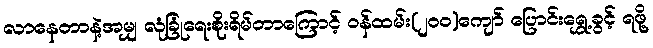
လာနေတာနဲ့အမျှ လုံခြုံရေးစိုးရိမ်တာကြောင့် ဝန်ထမ်း(၂၀၀)ကျော် ပြောင်းရွှေ့ခွင့် ရဖို့